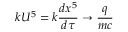
k U ^ { 5 } = k { \frac { d x ^ { 5 } } { d \tau } } \rightarrow { \frac { q } { m c } }